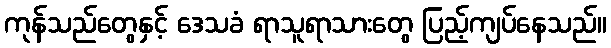
ကုန်သည်တွေနှင့် ဒေသခံ ရာသူရာသားတွေ ပြည့်ကျပ်နေသည်။